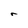
Character: r